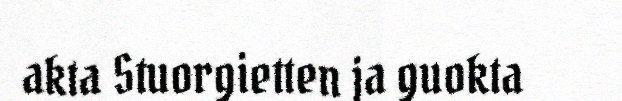
akta Stuorgietten ja guokta